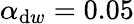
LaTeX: \alpha_{\mathrm{d}w}=0.05